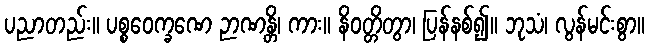
ပညာတည်း။ ပစ္စဝေက္ခဏေ ဉာဏန္တိ၊ ကား။ နိဝတ္တိတွာ၊ ပြန်နစ်၍။ ဘုသံ၊ လွန်မင်းစွာ။